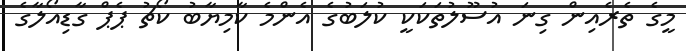
މީގެ ތެރެއިން ގިނަ އުސޫލުތަކަކީ ކުލަބުގެ އެންމެ ކާމިޔާބު ކޯޗު ޕެޕް ގާޑިއޯލާގެ